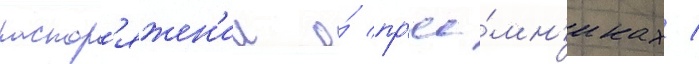
распор'яжен'ии о́ пр'ее́мн'иках /